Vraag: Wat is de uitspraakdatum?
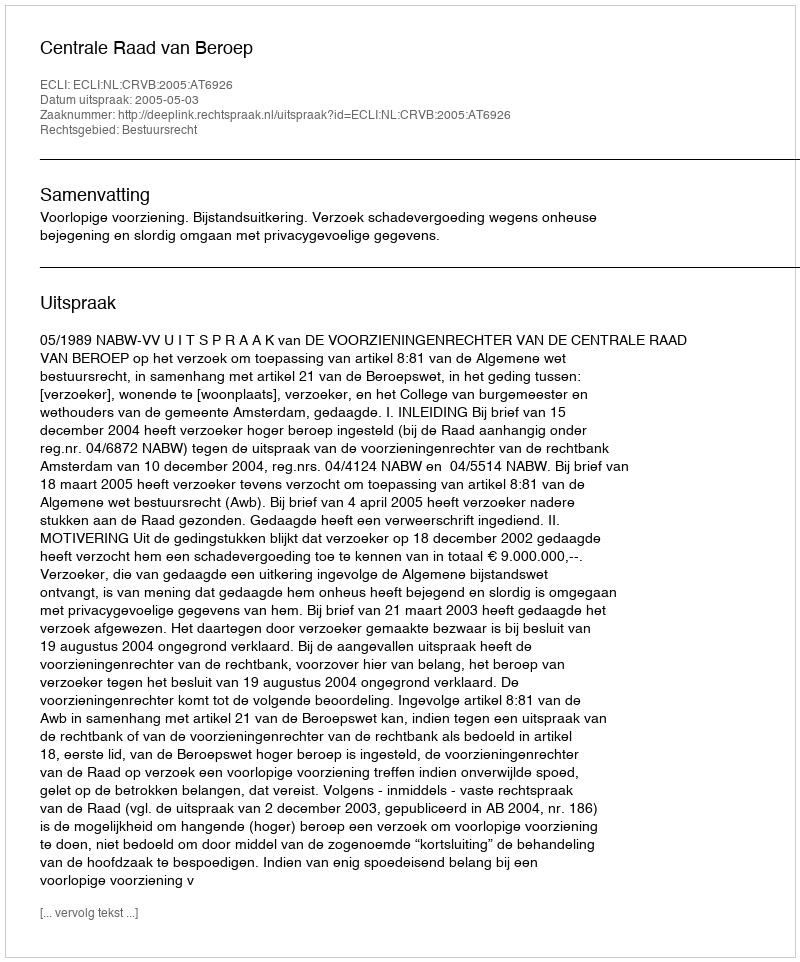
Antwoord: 2005-05-03